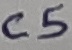
Text: C5